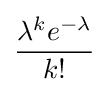
{\frac {\lambda ^{k}e^{-\lambda }}{k!}}